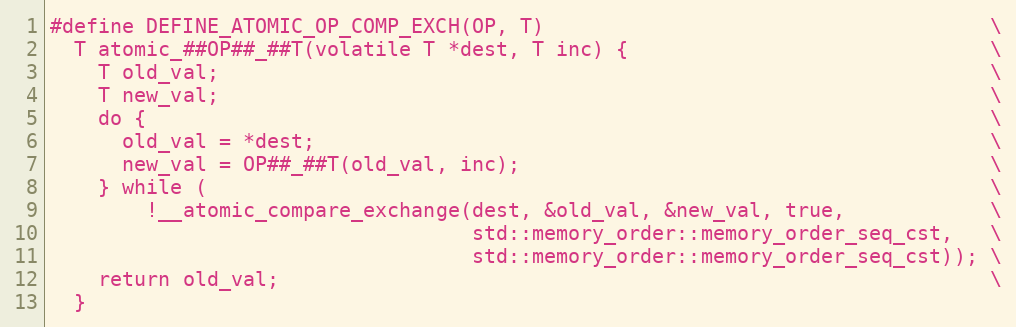
Language: C
#define DEFINE_ATOMIC_OP_COMP_EXCH(OP, T)                                     \
  T atomic_##OP##_##T(volatile T *dest, T inc) {                              \
    T old_val;                                                                \
    T new_val;                                                                \
    do {                                                                      \
      old_val = *dest;                                                        \
      new_val = OP##_##T(old_val, inc);                                       \
    } while (                                                                 \
        !__atomic_compare_exchange(dest, &old_val, &new_val, true,            \
                                   std::memory_order::memory_order_seq_cst,   \
                                   std::memory_order::memory_order_seq_cst)); \
    return old_val;                                                           \
  }